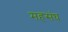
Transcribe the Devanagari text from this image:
महसंघ